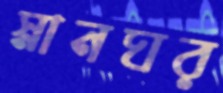
স্নানঘর